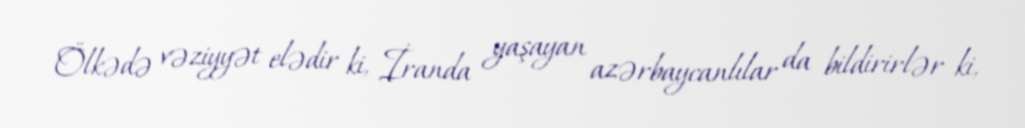
Ölkədə vəziyyət elədir ki, İranda yaşayan azərbaycanlılar da bildirirlər ki,